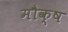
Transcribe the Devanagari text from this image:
मौक्ष